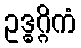
ဥဒ္ဓဂ္ဂိကံ